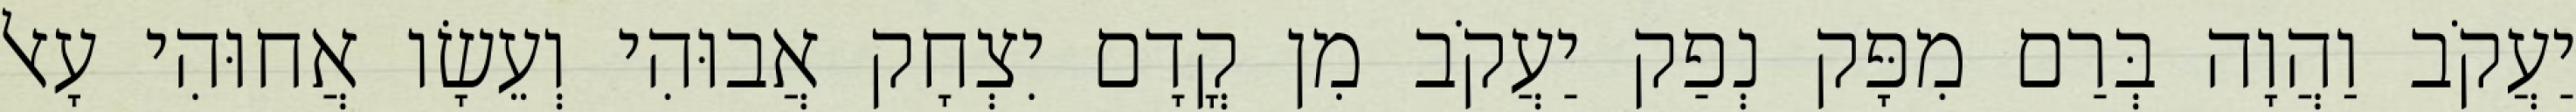
יַעֲקֹב וַהֲוָה בְּרַם מִפָּק נְפַק יַעֲקֹב מִן קֳדָם יִצְחָק אֲבוּהִי וְעֵשָׂו אֲחוּהִי עָאל